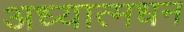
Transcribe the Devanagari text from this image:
अध्यात्मधन